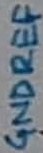
Text: GNDREF